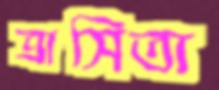
ত্রাসিতা